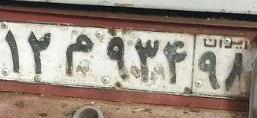
۱۲م۹۳۴۹۸